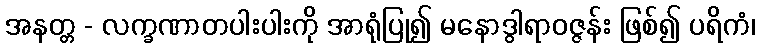
အနတ္တ - လက္ခဏာတပါးပါးကို အာရုံပြု၍ မနောဒွါရာဝဇ္ဇန်း ဖြစ်၍ ပရိကံ၊